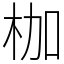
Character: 枷